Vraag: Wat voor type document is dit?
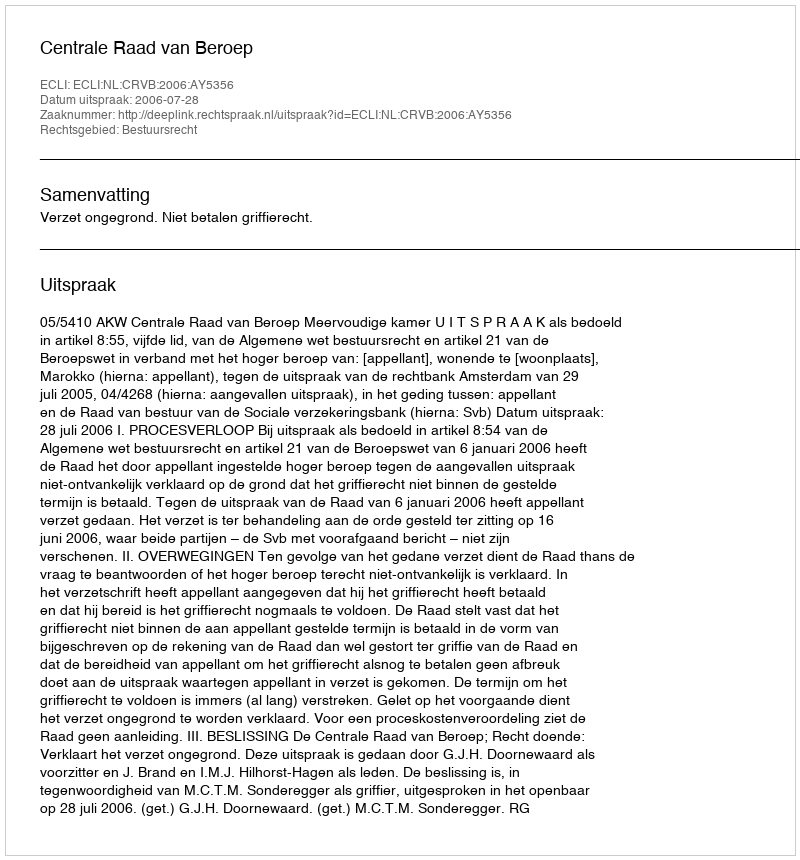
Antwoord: Uitspraak